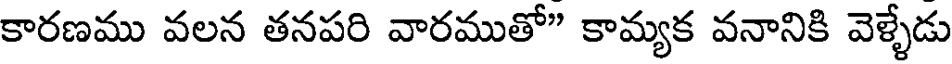
కారణము వలన తనపరి వారముతో" కామ్యక వనానికి వెళ్ళేడు